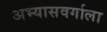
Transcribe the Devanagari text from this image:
अभ्यासवर्गाला